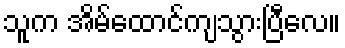
သူက အိမ်ထောင်ကျသွားပြီလေ။